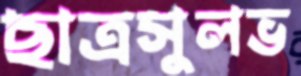
ছাত্রসুলভ